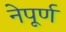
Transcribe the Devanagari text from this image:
नेपूर्ण